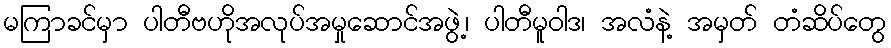
မကြာခင်မှာ ပါတီဗဟိုအလုပ်အမှုဆောင်အဖွဲ့၊ ပါတီမူဝါဒ၊ အလံနဲ့ အမှတ် တံဆိပ်တွေ